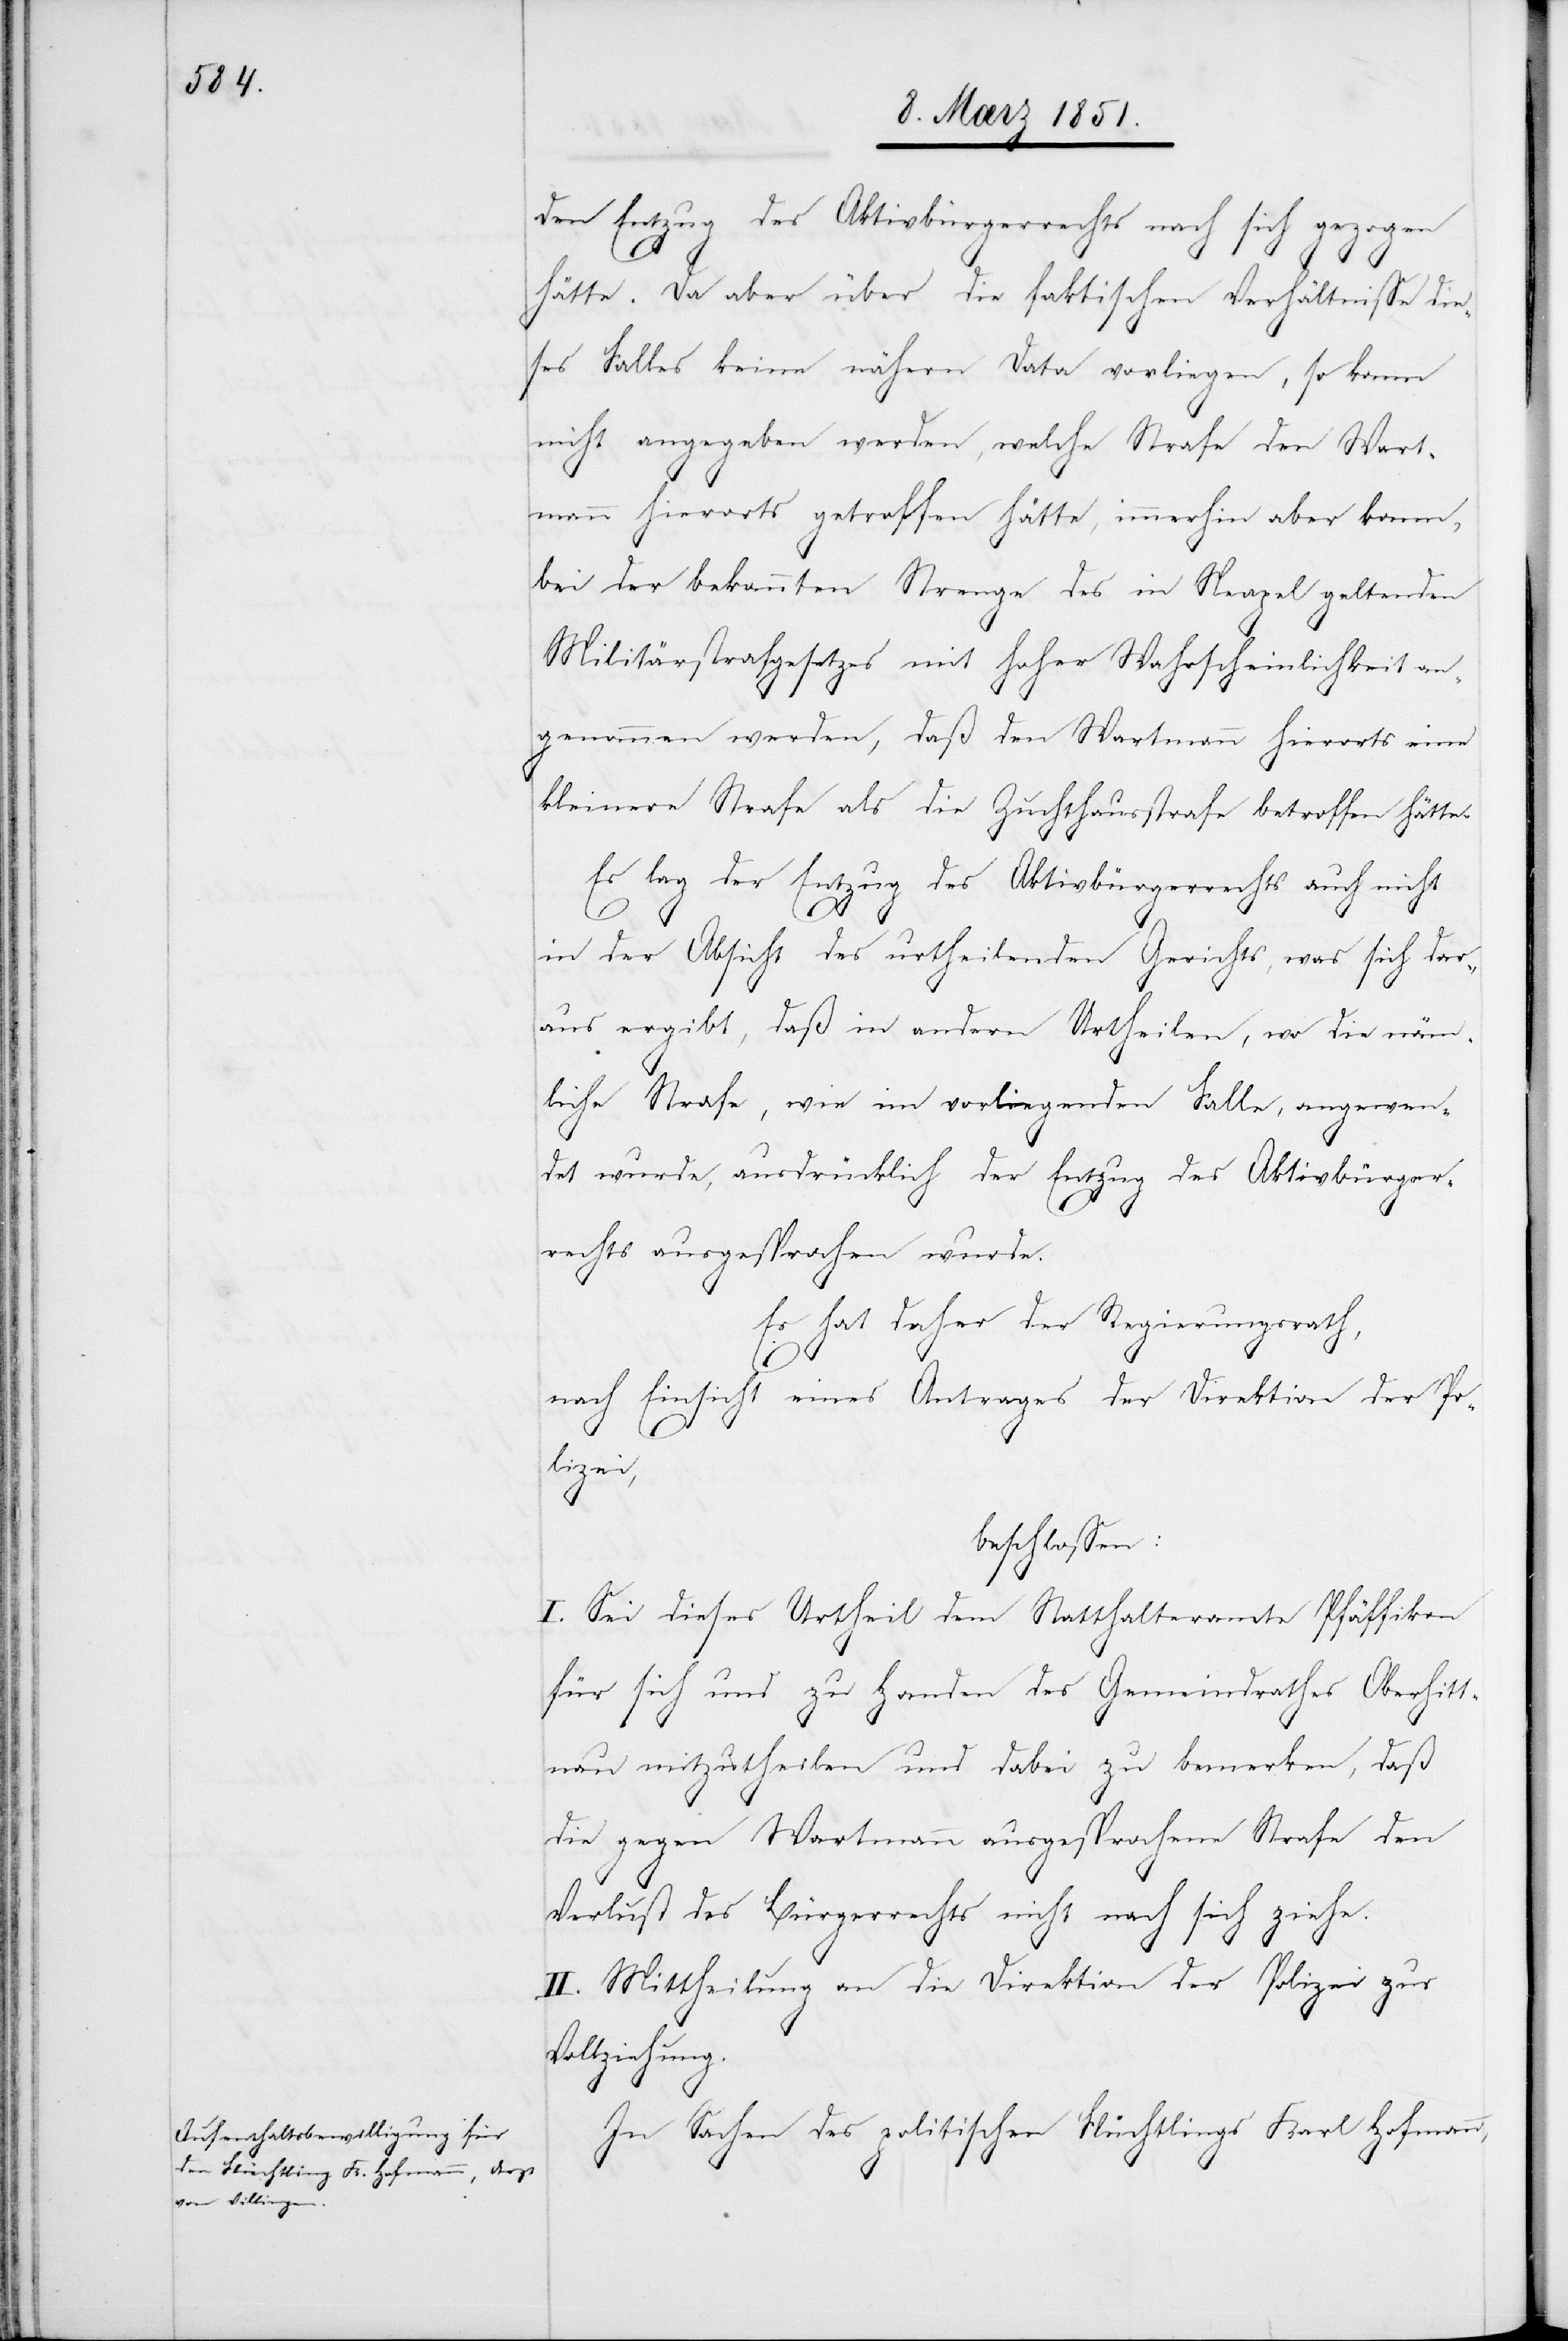
In Sachen des politischen Flüchtlings Karl Hofmann,